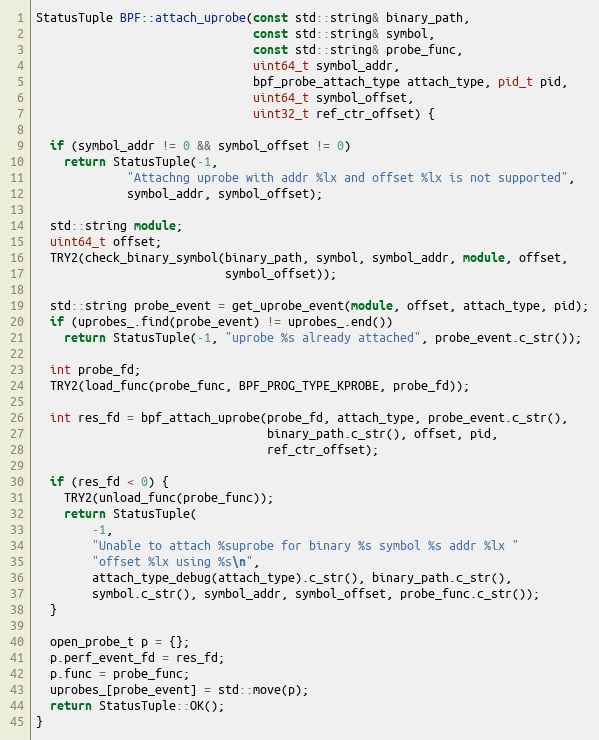
Language: C++
StatusTuple BPF::attach_uprobe(const std::string& binary_path,
                               const std::string& symbol,
                               const std::string& probe_func,
                               uint64_t symbol_addr,
                               bpf_probe_attach_type attach_type, pid_t pid,
                               uint64_t symbol_offset,
                               uint32_t ref_ctr_offset) {

  if (symbol_addr != 0 && symbol_offset != 0)
    return StatusTuple(-1,
             "Attachng uprobe with addr %lx and offset %lx is not supported",
             symbol_addr, symbol_offset);

  std::string module;
  uint64_t offset;
  TRY2(check_binary_symbol(binary_path, symbol, symbol_addr, module, offset,
                           symbol_offset));

  std::string probe_event = get_uprobe_event(module, offset, attach_type, pid);
  if (uprobes_.find(probe_event) != uprobes_.end())
    return StatusTuple(-1, "uprobe %s already attached", probe_event.c_str());

  int probe_fd;
  TRY2(load_func(probe_func, BPF_PROG_TYPE_KPROBE, probe_fd));

  int res_fd = bpf_attach_uprobe(probe_fd, attach_type, probe_event.c_str(),
                                 binary_path.c_str(), offset, pid,
                                 ref_ctr_offset);

  if (res_fd < 0) {
    TRY2(unload_func(probe_func));
    return StatusTuple(
        -1,
        "Unable to attach %suprobe for binary %s symbol %s addr %lx "
        "offset %lx using %s\n",
        attach_type_debug(attach_type).c_str(), binary_path.c_str(),
        symbol.c_str(), symbol_addr, symbol_offset, probe_func.c_str());
  }

  open_probe_t p = {};
  p.perf_event_fd = res_fd;
  p.func = probe_func;
  uprobes_[probe_event] = std::move(p);
  return StatusTuple::OK();
}